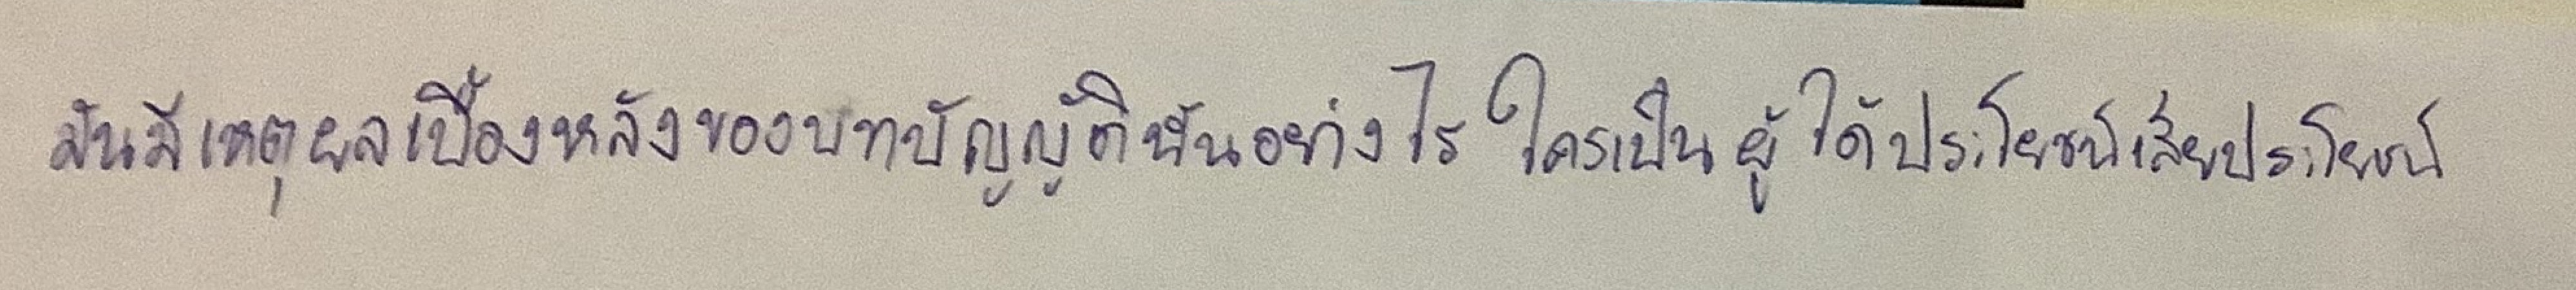
มันมีเหตุผลเบื้องหลังของบทบัญญัตินั้นอย่างไรใครเป็นผู้ได้ประโยชน์เสียประโยชน์